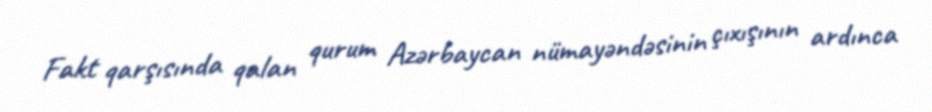
Fakt qarşısında qalan qurum Azərbaycan nümayəndəsinin çıxışının ardınca